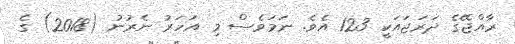
ރާއްޖޭގެ ދަރަޖައަކީ 123 އެވެ. ނަމަވެސް މި އަހަރު ނެރުނު (2018) ގެ